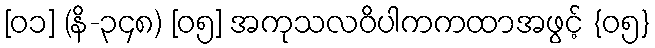
[၀၁] (နိ-၃၄၈) [၀၅] အကုသလဝိပါကကထာအဖွင့် {၀၅}